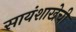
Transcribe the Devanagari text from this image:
सायंशाखेची